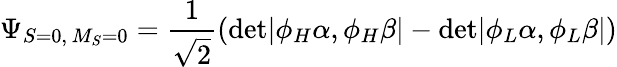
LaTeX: \Psi_{S=0,\, M_{S}=0}=\frac{1}{\sqrt 2}\left(\mathrm{det}|\phi_{H}\alpha,\phi_{H}\beta|-\mathrm{det}|\phi_{L}\alpha,\phi_{L}\beta|\right)